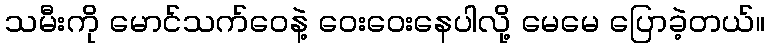
သမီးကို မောင်သက်ဝေနဲ့ ဝေးဝေးနေပါလို့ မေမေ ပြောခဲ့တယ်။